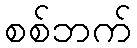
စစ်ဘက်